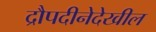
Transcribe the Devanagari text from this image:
द्रौपदीनेदेखील